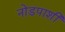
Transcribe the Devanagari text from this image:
नोडपाशी